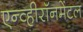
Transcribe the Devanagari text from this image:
एन्व्हीरॉनमेंटल